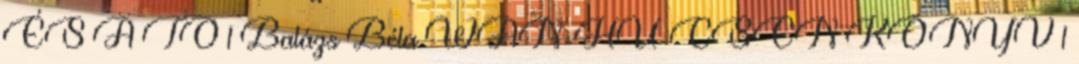
ÉS A TO 1 Balázs Béla WAN-HU-CSEN KÖNYV 1